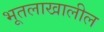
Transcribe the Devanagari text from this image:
भूतलाखालील